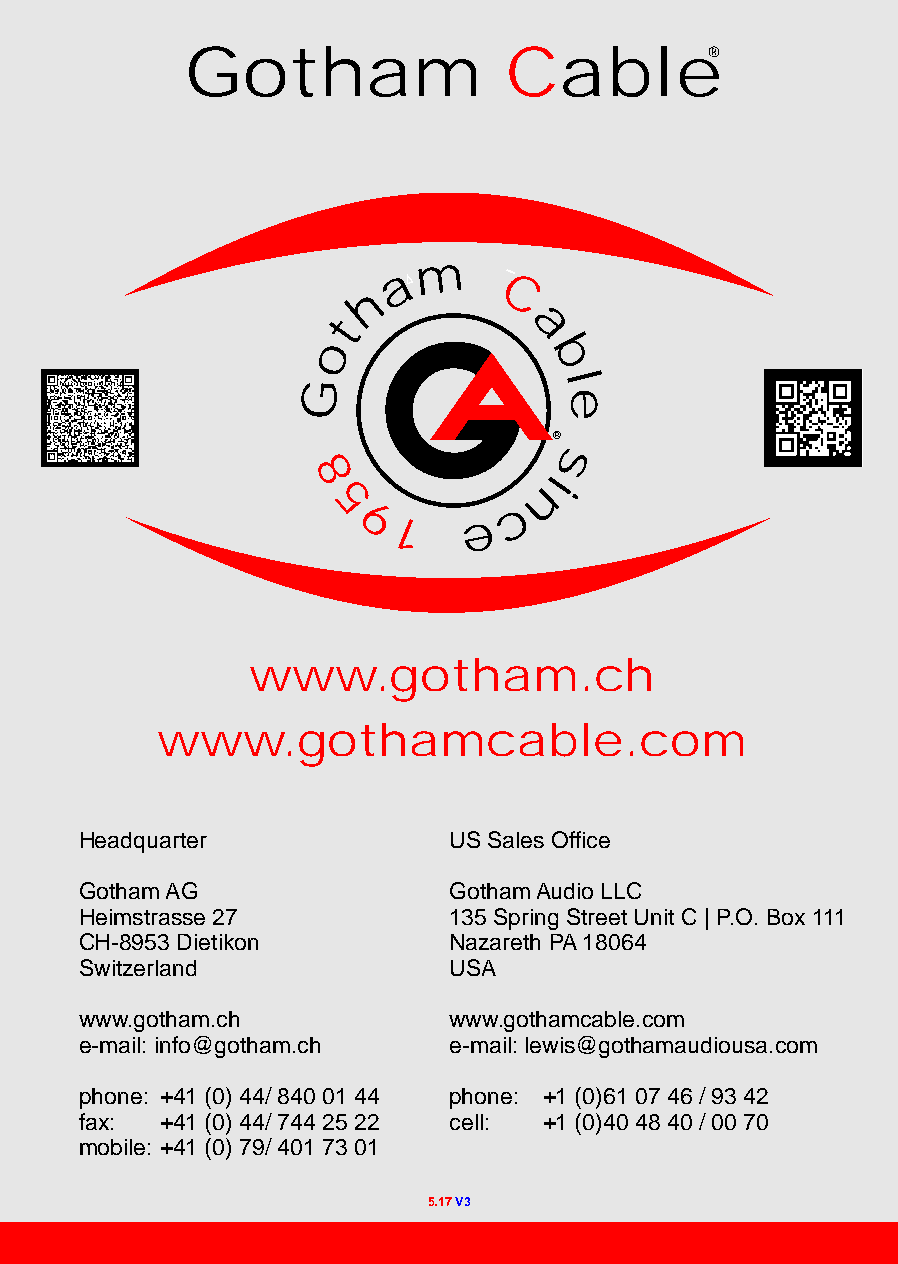
Gotham               Cable®
 a
 m
 h        C
 t
 a
 o
 b
 G                l
 e
 ®
 s
 8              i
 n
 5           c
 9  1    e
 www.gotham.ch
 www.gothamcable.com
 Headquarter              US Sales Office
 Gotham AG                Gotham Audio LLC
 Heimstrasse 27           135 Spring Street Unit C | P.O. Box 111
 CH-8953 Dietikon         Nazareth PA 18064
 Switzerland              USA
 www.gotham.ch            www.gothamcable.com
 e-mail: info@gotham.ch   e-mail: lewis@gothamaudiousa.com
 phone: +41 (0) 44/ 840 01 44 phone: +1 (0)61 07 46 / 93 42
 fax:  +41 (0) 44/ 744 25 22 cell: +1 (0)40 48 40 / 00 70
 mobile: +41 (0) 79/ 401 73 01
 5.17 V3